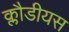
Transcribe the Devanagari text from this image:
क्लौडीयस